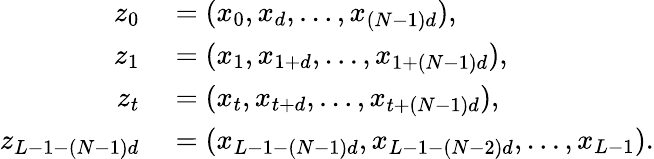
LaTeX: \begin{array}{rl}{z_{0}}&{{}=(x_{0},x_{d},\ldots,x_{(N-1)d}),}\\ {z_{1}}&{{}=(x_{1},x_{1+d},\ldots,x_{1+(N-1)d}),}\\ {z_{t}}&{{}=(x_{t},x_{t+d},\ldots,x_{t+(N-1)d}),}\\ {z_{L-1-(N-1)d}}&{{}=(x_{L-1-(N-1)d},x_{L-1-(N-2)d},\ldots,x_{L-1}).}\end{array}